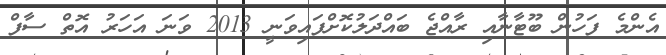
އެންމެ ފަހުން ބޫޓާނާއި ރާއްޖެ ބައްދަލުކޮށްފައިވަނީ 2013 ވަނަ އަހަރު އޮތް ސާފް